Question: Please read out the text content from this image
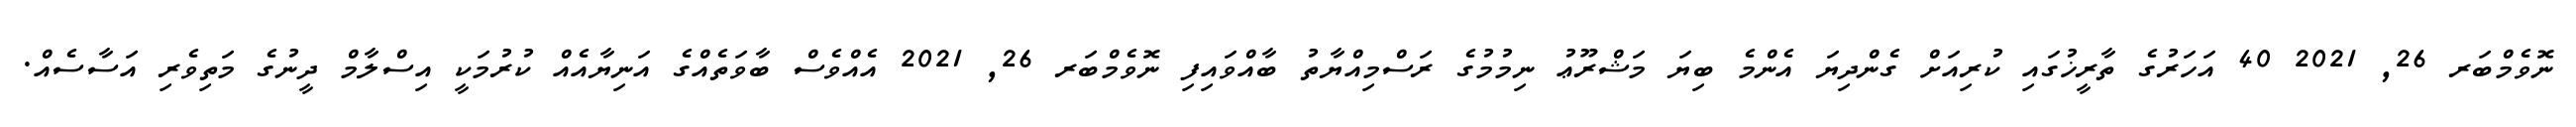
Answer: ނޮވެމްބަރ 26, 2021 40 އަހަރުގެ ތާރީޚުގައި ކުރިއަށް ގެންދިޔަ އެންމެ ބިޔަ މަޝްރޫޢު ނިމުމުގެ ރަސްމިއްޔާތު ބާއްވައިފި ނޮވެމްބަރ 26, 2021 އެއްވެސް ބާވަތެއްގެ އަނިޔާއެއް ކުރުމަކީ އިސްލާމް ދީނުގެ މަތިވެރި އަސާސެއް.